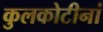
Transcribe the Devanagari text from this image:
कुलकोटीनां